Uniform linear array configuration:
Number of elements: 8
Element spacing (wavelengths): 1
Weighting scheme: binomial
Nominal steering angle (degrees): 15
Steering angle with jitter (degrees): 14.704
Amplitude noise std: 0.05
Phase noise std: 0.05

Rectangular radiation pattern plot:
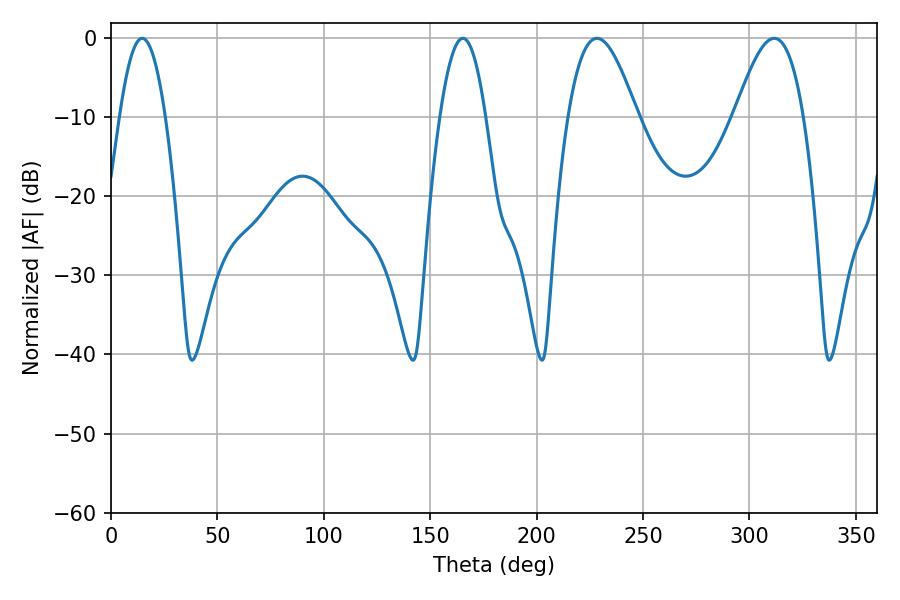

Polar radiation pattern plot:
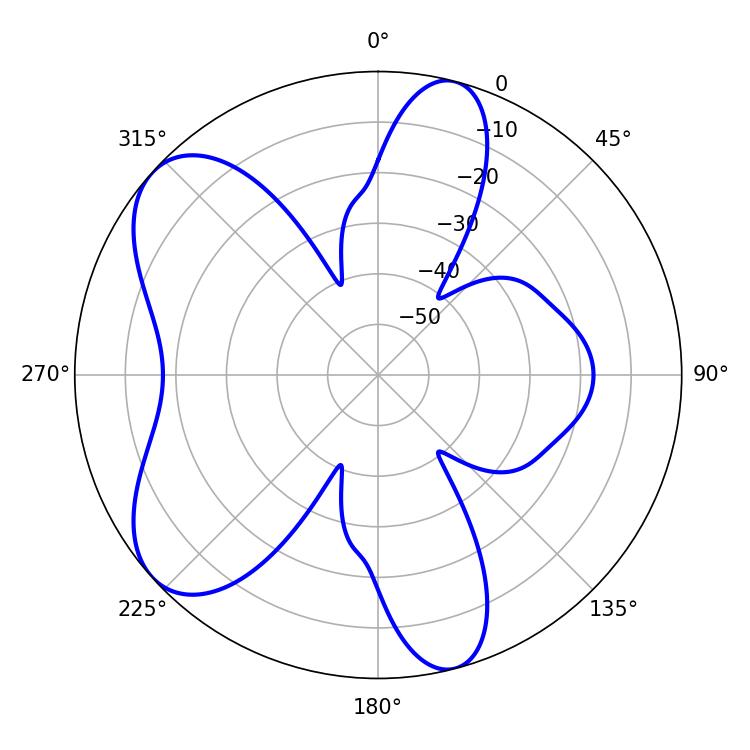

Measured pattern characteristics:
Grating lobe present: TRUE
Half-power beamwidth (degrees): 17.46
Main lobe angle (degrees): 228.42